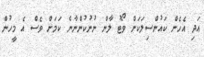
އަދި އެހެން ކައުންސިލަކަށް ވޯޓު ލާން ނުނުކުންނާނެ ކަމަށް ވެސް އެ މީހުން